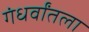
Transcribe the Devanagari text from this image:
गंधर्वांतला